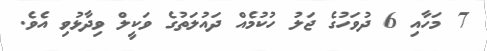
7 މަހާއި 6 ދުވަހުގެ ޖަލު ހުކުމެއް ދައުލަތުގެ ވަކީލް ވިދާޅުވި އެވެ.